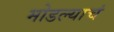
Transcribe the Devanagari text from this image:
मोडल्याचं